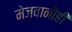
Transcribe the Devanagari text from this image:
मेजवानीही